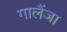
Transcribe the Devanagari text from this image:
गालैंजा